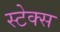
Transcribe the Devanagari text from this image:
स्टेक्स